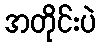
အတိုင်းပဲ